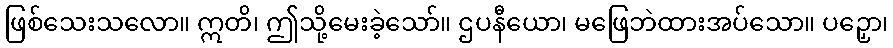
ဖြစ်သေးသလော။ ဣတိ၊ ဤသို့မေးခဲ့သော်။ ဌပနီယော၊ မဖြေဘဲထားအပ်သော။ ပဉှော၊